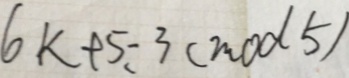
6 k + 5 - 3 ( m o d 5 )